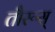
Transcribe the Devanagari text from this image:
तौरूस्